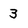
Character: 3